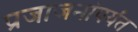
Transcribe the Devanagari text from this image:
प्रजाजनांपर्यंत